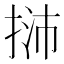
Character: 𢭿